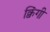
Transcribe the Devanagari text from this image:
क्विंगी